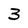
Character: 3